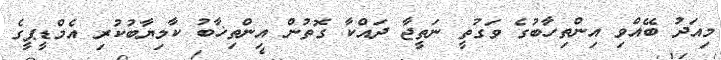
މިއަދު ބޭއްވި އިންތިހާބުގެ ވަގުތީ ނަތީޖާ ދައްކާ ގޮތުން އިންތިޚާބު ކާމިޔާބުކުރި އެމްޑީޕީގެ